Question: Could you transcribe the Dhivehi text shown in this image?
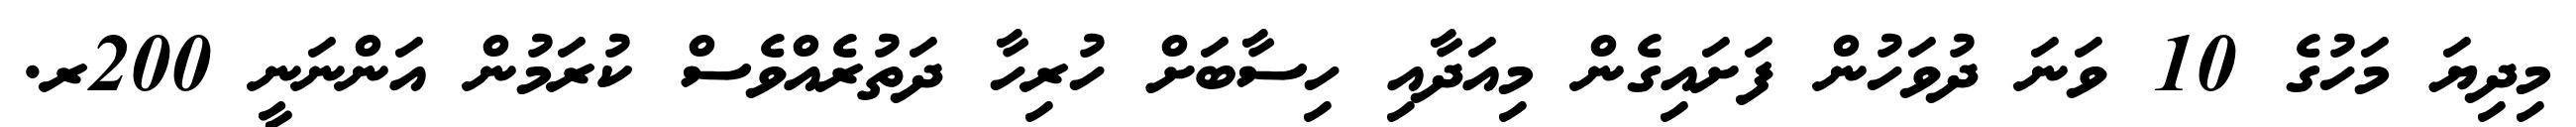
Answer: މިދިޔަ މަހުގެ 10 ވަނަ ދުވަހުން ފަށައިގެން މިއަދާއި ހިސާބަށް ހުރިހާ ދަތުރެއްވެސް ކުރަމުން އަންނަނީ 200ރ.